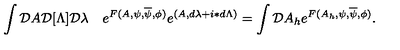
\int { \cal D } A { \cal D } [ \Lambda ] { \cal D } \lambda \quad e ^ { F ( A , \psi , \overline { \psi } , \phi ) } e ^ { ( A , d \lambda + i \ast d \Lambda ) } = \int { \cal D } A _ { h } e ^ { F ( A _ { h } , \psi , \overline { \psi } , \phi ) } .